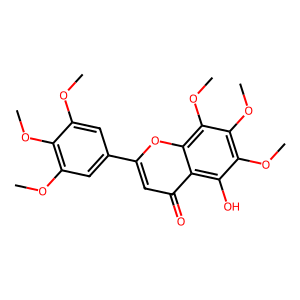
SMILES: COc1cc(-c2cc(=O)c3c(O)c(OC)c(OC)c(OC)c3o2)cc(OC)c1OC
Inhibits HIV replication: No